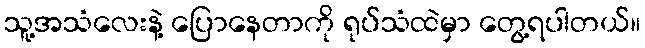
သူ့အသံလေးနဲ့ ပြောနေတာကို ရုပ်သံထဲမှာ တွေ့ရပါတယ်။